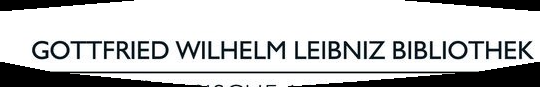
GOTTFRIED WILHELM LEIBNIZ BIBLIOTHEK